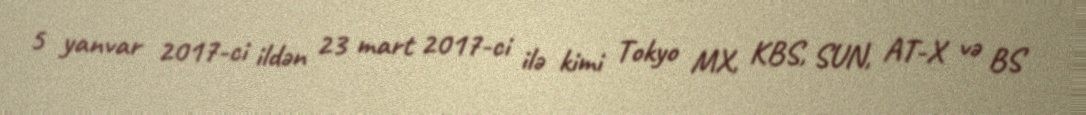
5 yanvar 2017-ci ildən 23 mart 2017-ci ilə kimi Tokyo MX, KBS, SUN, AT-X və BS